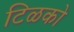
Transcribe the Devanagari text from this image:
टिळको